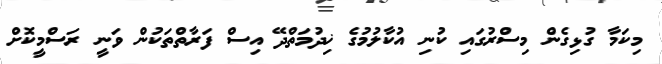
މިކަމާ ގުޅިގެން މިސްރުގައި ކުނި އުކާލުމުގެ ޚިދުމަތްދޭ އިސް ފަރާތްތަކުން ވަނީ ރަސްމީކޮށް